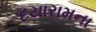
દયારામના